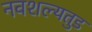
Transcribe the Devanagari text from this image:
नवशल्यतुड